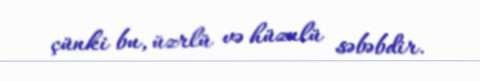
çünki bu, üzrlü və hüznlü səbəbdir.